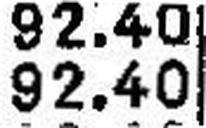
92.40